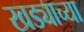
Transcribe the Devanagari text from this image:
खड्याच्या